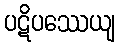
ပဋိပဿေယျ